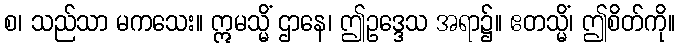
စ၊ သည်သာ မကသေး။ ဣမသ္မိံ ဌာနေ၊ ဤဥဒ္ဒေသ အရာ၌။ ဧတသ္မိံ၊ ဤစိတ်ကို။